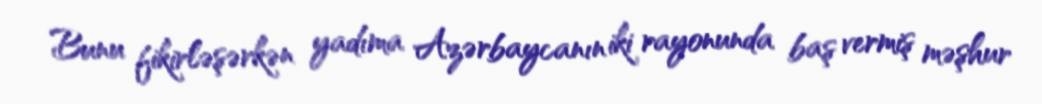
Bunu fikirləşərkən yadıma Azərbaycanın iki rayonunda baş vermiş məşhur